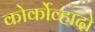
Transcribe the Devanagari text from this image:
कोर्कोव्हादो